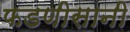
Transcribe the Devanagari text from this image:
फडणीसानी